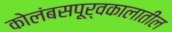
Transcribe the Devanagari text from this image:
कोलंबसपूर्वकालातील